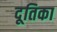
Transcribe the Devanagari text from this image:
दूतिका